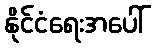
နိုင်ငံရေးအပေါ်